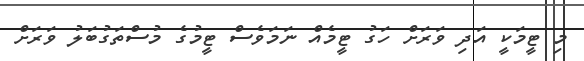
މި ޓީމަކީ އަދި ވަރަށް ހަގު ޓީމެއް ނަމަވެސް ޓީމުގެ މުސްތަގުބަލު ވަރަށް